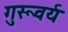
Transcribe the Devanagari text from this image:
गुरूवर्य